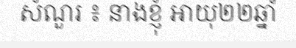
សំណួរ ៖ នាងខ្ញុំ អាយុ២២ឆ្នាំ